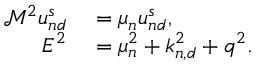
\begin{array} { r l } { \mathcal { M } ^ { 2 } u _ { n d } ^ { s } } & { { } = \mu _ { n } u _ { n d } ^ { s } , } \\ { E ^ { 2 } } & { { } = \mu _ { n } ^ { 2 } + k _ { n , d } ^ { 2 } + q ^ { 2 } . } \end{array}